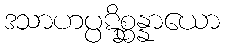
ဒသာဟပ္ပဋိစ္ဆန္နာယော